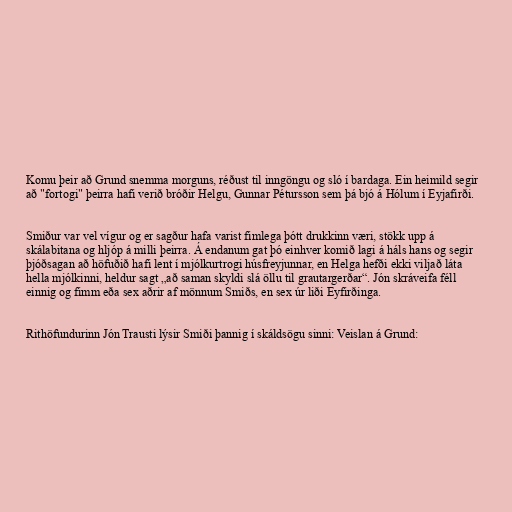
Komu þeir að Grund snemma morguns, réðust til inngöngu og sló í bardaga. Ein heimild segir
að "fortogi" þeirra hafi verið bróðir Helgu, Gunnar Pétursson sem þá bjó á Hólum í Eyjafirði.

Smiður var vel vígur og er sagður hafa varist fimlega þótt drukkinn væri, stökk upp á
skálabitana og hljóp á milli þeirra. Á endanum gat þó einhver komið lagi á háls hans og segir
þjóðsagan að höfuðið hafi lent í mjólkurtrogi húsfreyjunnar, en Helga hefði ekki viljað láta
hella mjólkinni, heldur sagt „að saman skyldi slá öllu til grautargerðar“. Jón skráveifa féll
einnig og fimm eða sex aðrir af mönnum Smiðs, en sex úr liði Eyfirðinga.

Rithöfundurinn Jón Trausti lýsir Smiði þannig í skáldsögu sinni: Veislan á Grund: